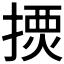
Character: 𢱾